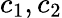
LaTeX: c_{1},c_{2}